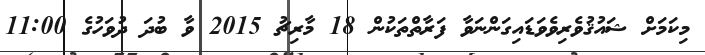
މިކަމަށް ޝައުޤުވެރިވެވަޑައިގަންނަވާ ފަރާތްތަކުން 18 މާރިޗު 2015 ވާ ބުދަ ދުވަހުގެ 11:00